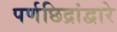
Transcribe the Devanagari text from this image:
पर्णछिद्रांद्वारे